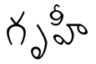
గృహీ